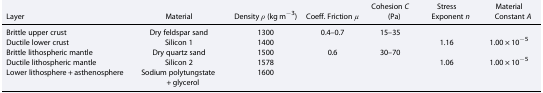
| Layer | Material | Density ρ (kg m−3) | Coeff. Friction μ | Cohesion C (Pa) | Stress Exponent n | Material Constant A |
 | --- | --- | --- | --- | --- | --- | --- |
 | Brittle upper crust | Dry feldspar sand | 1300 | 0.4–0.7 | 15–35 |  |  |
 | Ductile lower crust | Silicon 1 | 1400 |  |  | 1.16 | 1.00 × 10−5 |
 | Brittle lithospheric mantle | Dry quartz sand | 1500 | 0.6 | 30–70 |  |  |
 | Ductile lithospheric mantle | Silicon 2 | 1578 |  |  | 1.06 | 1.00 × 10−5 |
 | Lower lithosphere + asthenosphere | Sodium polytungstate + glycerol | 1600 |  |  |  |  |